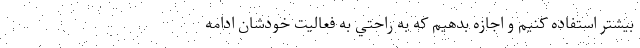
بيشتر استفاده كنيم و اجازه بدهيم كه به راحتي به فعاليت خودشان ادامه